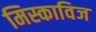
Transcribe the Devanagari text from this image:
मिस्काविज